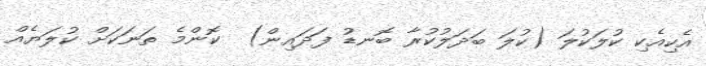
އެކިއެކި ކުލަކުލަ (ކުލަ ބަދަލުކުރާ ބޮނޑު ފަދައިން)  ކޮންމެ ތަނަކަށް ކުލަޔެއް